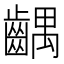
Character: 齵